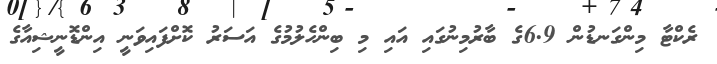
ރެކްޓާ މިންގަނޑުން 6.9ގެ ބާރުމިނުގައި އައި މި ބިންހެލުމުގެ އަސަރު ކޮށްފައިވަނީ އިންޑޮނީޝިއާގެ